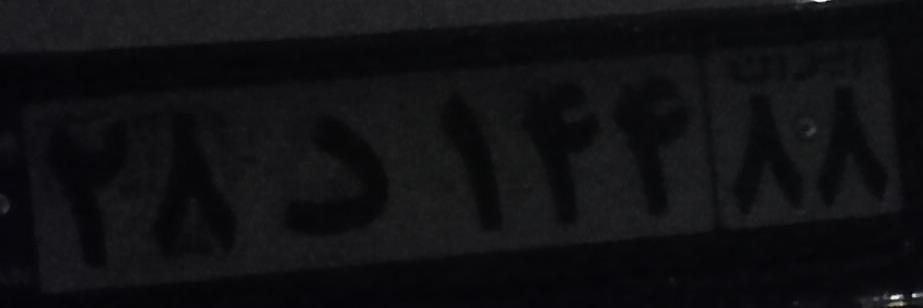
۲۸د۱۴۴۸۸